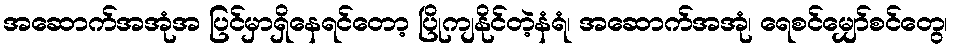
အဆောက်အအုံအ ပြင်မှာရှိနေရင်တော့ ပြိုကျနိုင်တဲ့နံရံ၊ အဆောက်အအုံ၊ ရေစင်မျှော်စင်တွေ၊